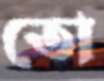
তো